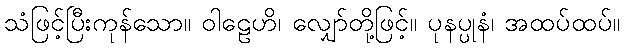
သံဖြင့်ပြီးကုန်သော။ ဝါဠေဟိ၊ လျှော်တို့ဖြင့်။ ပုနပ္ပုနံ၊ အထပ်ထပ်။